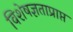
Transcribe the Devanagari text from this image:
विशेषज्ञताप्राप्त